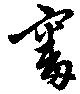
審